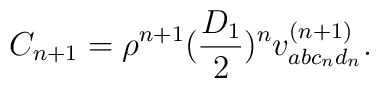
C_{n+1} = \rho^{n+1} (\frac{  D_1}{2})^n v^{(n+1)}_{abc_n d_n}.